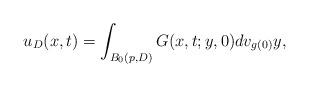
LaTeX: \begin{align*}u_D(x,t)=\int_{B_0(p,D)}G(x,t; y,0)dv_{g(0)}y, \end{align*}